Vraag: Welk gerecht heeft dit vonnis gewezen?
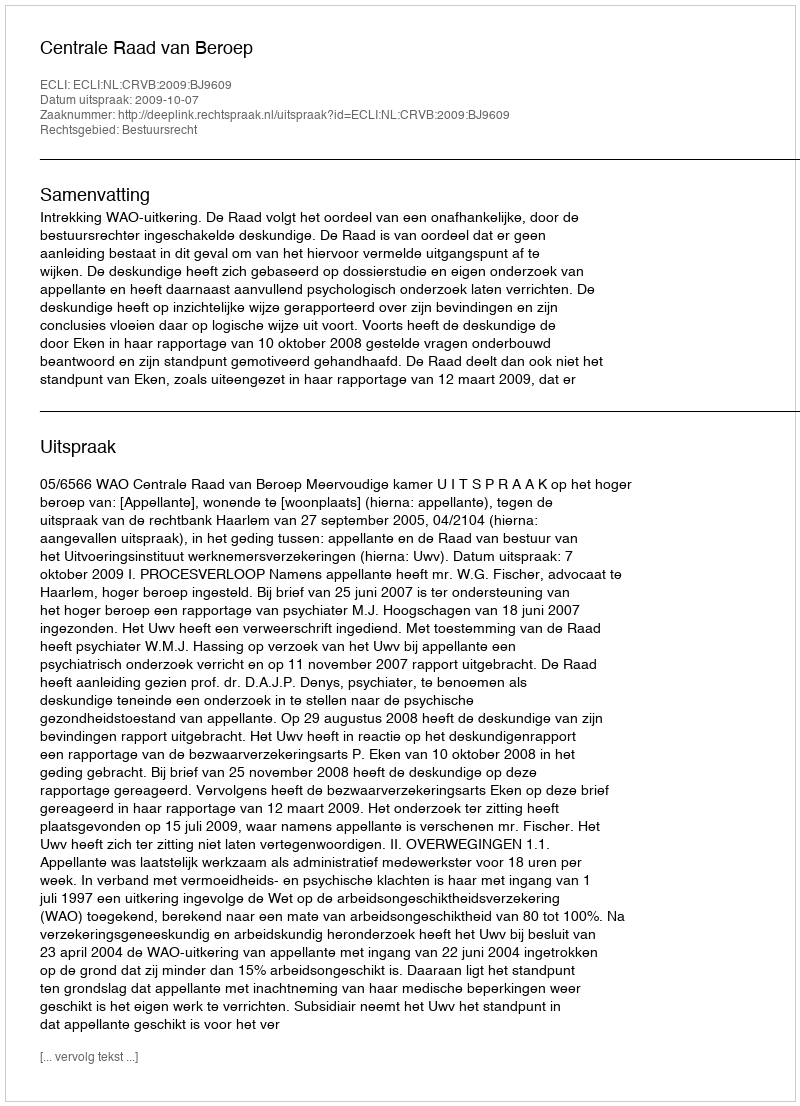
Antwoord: Centrale Raad van Beroep